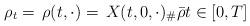
LaTeX: \begin{align*}\rho_t=\,\rho(t,\cdot)=\,X(t,0,\cdot)_\#\bar\rho t\in [0,T]\end{align*}